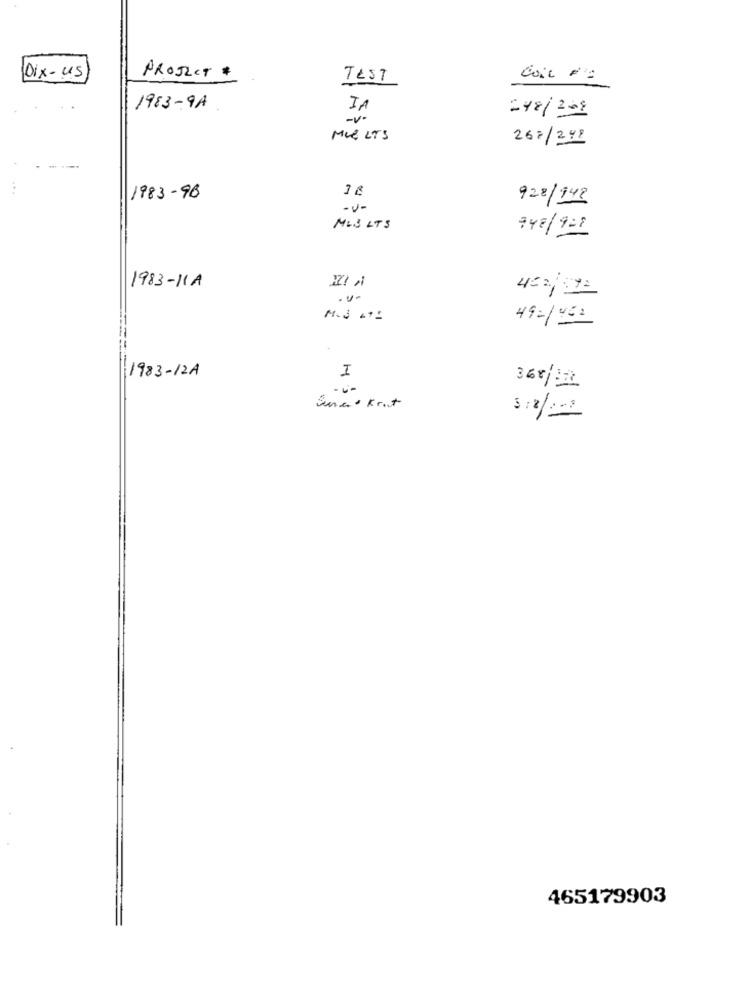
Dix-us
PROJECT #
TEST
1983-9A
IA
- V -
=48/2009
MUELTS
267/248
1983-96
928/943
-v -
MLS LTS
747/921
1983-11A
.v -
M.J .1:
49-146 :
1983-12A
I
---
465179903